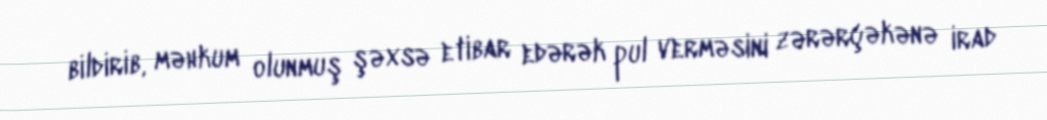
bildirib, məhkum olunmuş şəxsə etibar edərək pul verməsini zərərçəkənə irad